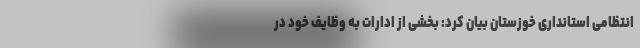
انتظامی استانداری خوزستان بیان کرد: بخشی از ادارات به وظایف خود در